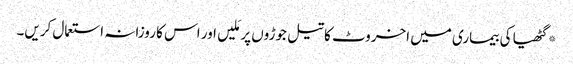
*گٹھیا کی بیماری میں اخروٹ کا تیل جوڑوں پر مَلیں اور اس کا روزانہ استعمال کریں۔